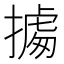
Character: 㩀